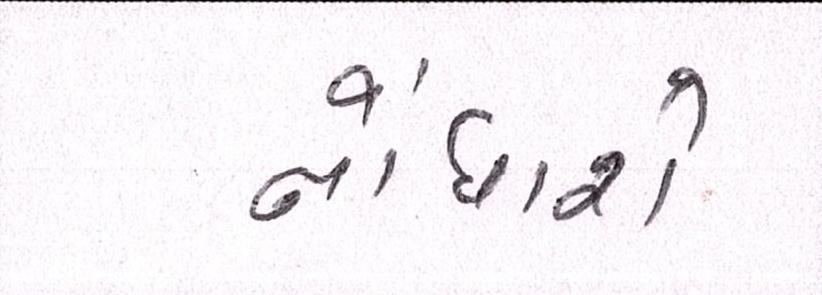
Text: નોંધાશે